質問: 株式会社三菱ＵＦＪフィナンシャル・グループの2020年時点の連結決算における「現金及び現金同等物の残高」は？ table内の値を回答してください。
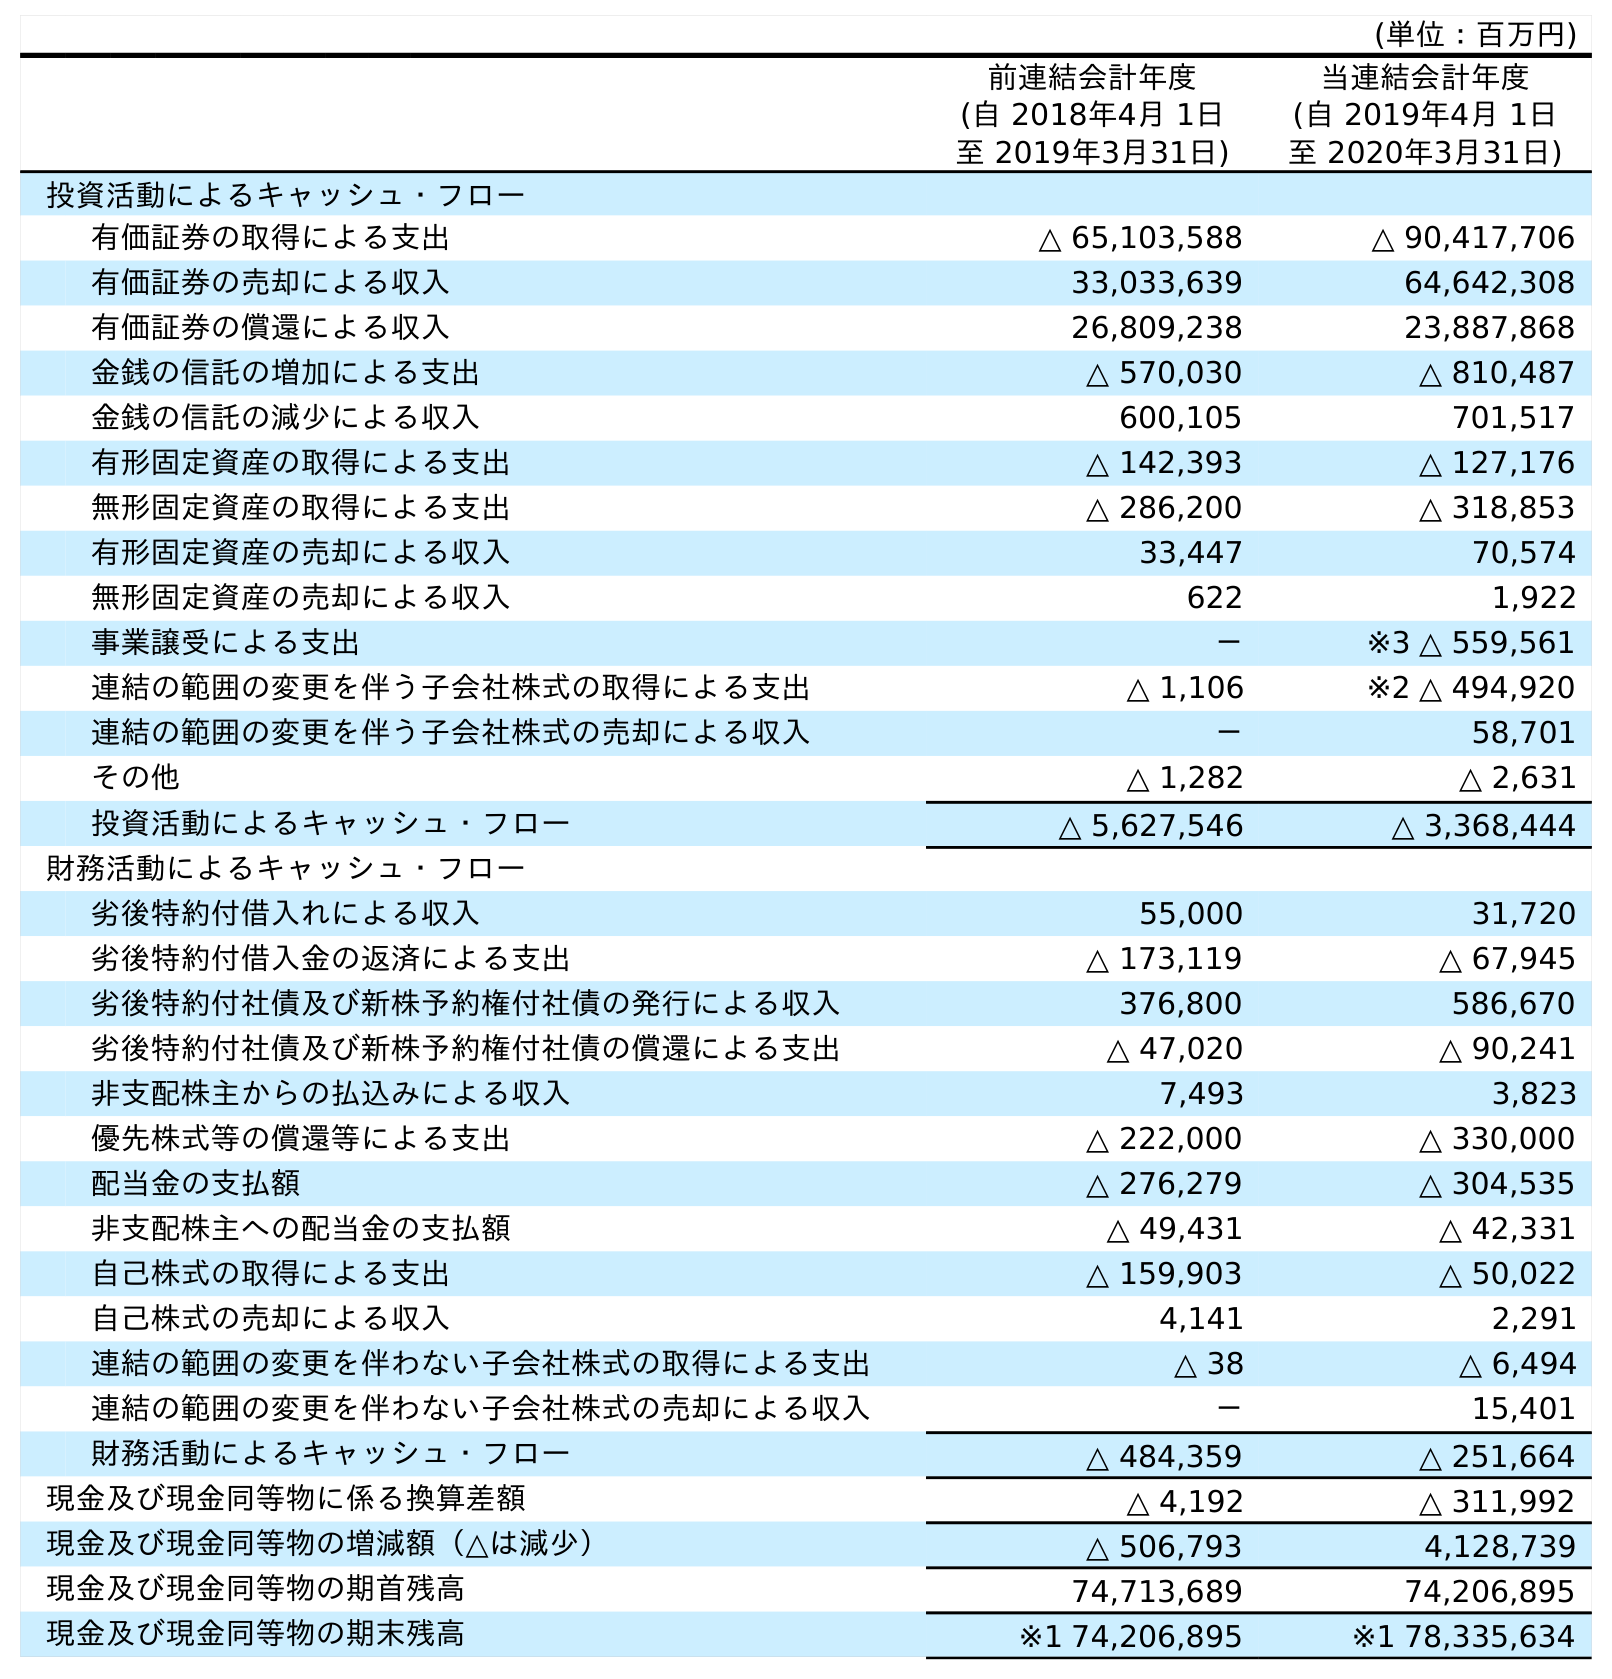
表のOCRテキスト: (単位：百万円) 前連結会計年度 (自 2018年4月 1日 至 2019年3月31日) 当連結会計年度 (自 2019年4月 1日 至 2020年3月31日) 投資活動によるキャッシュ・フロー 有価証券の取得による支出 △ 65,103,588 △ 90,417,706 有価証券の売却による収入 33,033,639 64,642,308 有価証券の償還による収入 26,809,238 23,887,868 金銭の信託の増加による支出 △ 570,030 △ 810,487 金銭の信託の減少による収入 600,105 701,517 有形固定資産の取得による支出 △ 142,393 △ 127,176 無形固定資産の取得による支出 △ 286,200 △ 318,853 有形固定資産の売却による収入 33,447 70,574 無形固定資産の売却による収入 622 1,922 事業譲受による支出 － ※3 △ 559,561 連結の範囲の変更を伴う子会社株式の取得による支出 △ 1,106 ※2 △ 494,920 連結の範囲の変更を伴う子会社株式の売却による収入 － 58,701 その他 △ 1,282 △ 2,631 投資活動によるキャッシュ・フロー △ 5,627,546 △ 3,368,444 財務活動によるキャッシュ・フロー 劣後特約付借入れによる収入 55,000 31,720 劣後特約付借入金の返済による支出 △ 173,119 △ 67,945 劣後特約付社債及び新株予約権付社債の発行による収入 376,800 586,670 劣後特約付社債及び新株予約権付社債の償還による支出 △ 47,020 △ 90,241 非支配株主からの払込みによる収入 7,493 3,823 優先株式等の償還等による支出 △ 222,000 △ 330,000 配当金の支払額 △ 276,279 △ 304,535 非支配株主への配当金の支払額 △ 49,431 △ 42,331 自己株式の取得による支出 △ 159,903 △ 50,022 自己株式の売却による収入 4,141 2,291 連結の範囲の変更を伴わない子会社株式の取得による支出 △ 38 △ 6,494 連結の範囲の変更を伴わない子会社株式の売却による収入 － 15,401 財務活動によるキャッシュ・フロー △ 484,359 △ 251,664 現金及び現金同等物に係る換算差額 △ 4,192 △ 311,992 現金及び現金同等物の増減額（△は減少） △ 506,793 4,128,739 現金及び現金同等物の期首残高 74,713,689 74,206,895 現金及び現金同等物の期末残高 ※1 74,206,895 ※1 78,335,634
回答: ※178,335,634